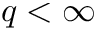
q < \infty